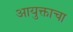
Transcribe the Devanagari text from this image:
आयुक्ताचा